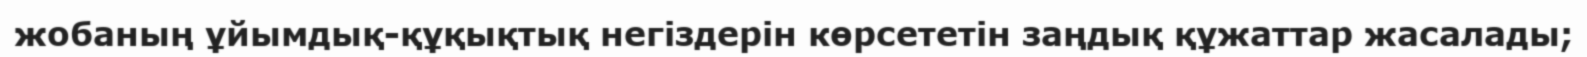
жобаның ұйымдық-құқықтық негіздерін көрсететін заңдық құжаттар жасалады;